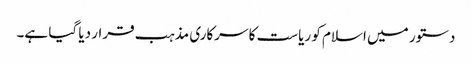
دستور میں اسلام کو ریاست کا سرکاری مذہب قرار دیا گیا ہے۔